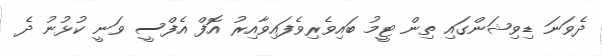
ދެވަނަ ޑިވިޝަންގައި ތިން ޓީމު ބައިވެރިވެފައިވާއިރު އޮފް އެފްސީ ވަނީ ކުޅުނު ދެ